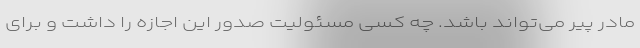
مادر پیر می‌تواند باشد. چه کسی مسئولیت صدور این اجازه را داشت و برای